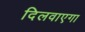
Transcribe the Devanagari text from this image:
दिलवाएगा